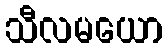
သီလမယော